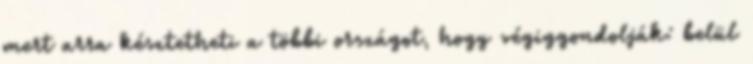
mert arra késztetheti a többi országot, hogy végiggondolják: belül